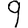
Digit: 9